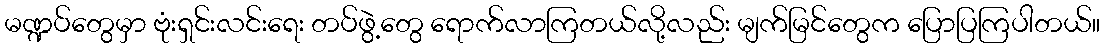
မဏ္ဍပ်တွေမှာ ဗုံးရှင်းလင်းရေး တပ်ဖွဲ့တွေ ရောက်လာကြတယ်လို့လည်း မျက်မြင်တွေက ပြောပြကြပါတယ်။